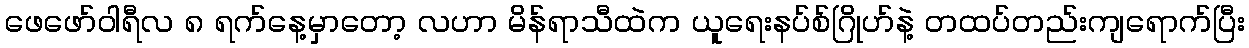
ဖေဖော်ဝါရီလ ၈ ရက်နေ့မှာတော့ လဟာ မိန်ရာသီထဲက ယူရေးနပ်စ်ဂြိုဟ်နဲ့ တထပ်တည်းကျရောက်ပြီး